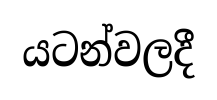
යටන්වලදී